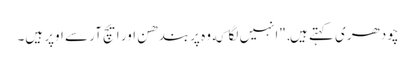
چودھری کہتے ہیں, "انہیں لگا که وہ پربندھن اور ایچ آر سے اوپر ہیں۔